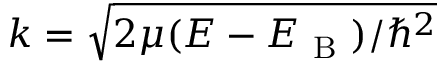
k = \sqrt { 2 \mu ( E - E _ { \mathrm { ~ B ~ } } ) / \hbar ^ { 2 } }